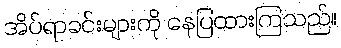
အိပ်ရာခင်းများကို နေပြထားကြသည်။